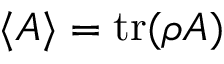
\langle A \rangle = \operatorname { t r } ( \rho A )